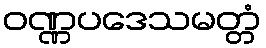
ဝဏ္ဏပဒေသမတ္တံ